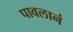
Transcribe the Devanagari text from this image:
पावलानं